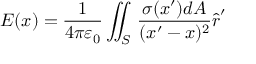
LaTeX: { \boldsymbol { E } } ( { \boldsymbol { x } } ) = { \frac { 1 } { 4 \pi \varepsilon _ { 0 } } } \iint _ { S } \, { \frac { \sigma ( { \boldsymbol { x } } ^ { \prime } ) d A } { ( { \boldsymbol { x } } ^ { \prime } - { \boldsymbol { x } } ) ^ { 2 } } } { \hat { \boldsymbol { r } } } ^ { \prime }